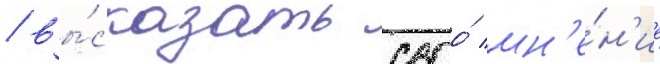
/ вы́сказать своо́ мн'е́н'ие